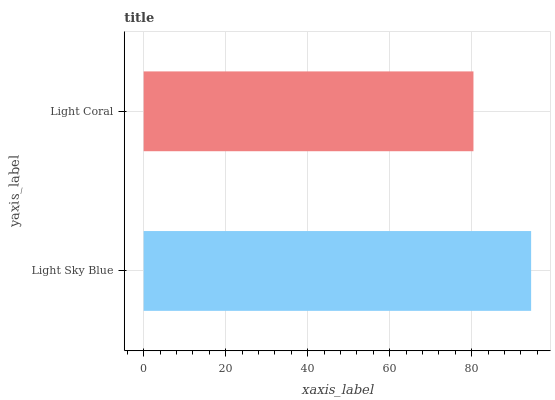
| yaxis_label | bars |
 | --- | --- |
 | Light Sky Blue | 94.5 |
 | Light Coral | 80.4 |